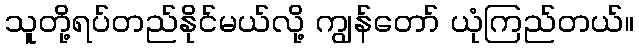
သူတို့ရပ်တည်နိုင်မယ်လို့ ကျွန်တော် ယုံကြည်တယ်။